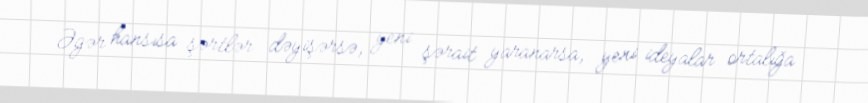
Əgər hansısa şərtlər dəyişərsə, yeni şərait yaranarsa, yeni ideyalar ortalığa